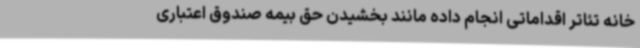
خانه تئاتر اقداماتی انجام داده مانند بخشیدن حق بیمه صندوق اعتباری